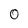
Character: 0